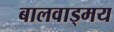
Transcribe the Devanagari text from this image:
बालवाड्मय